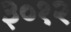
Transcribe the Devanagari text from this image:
३०१२